Scottish Leaving Certificate Examination, 1951
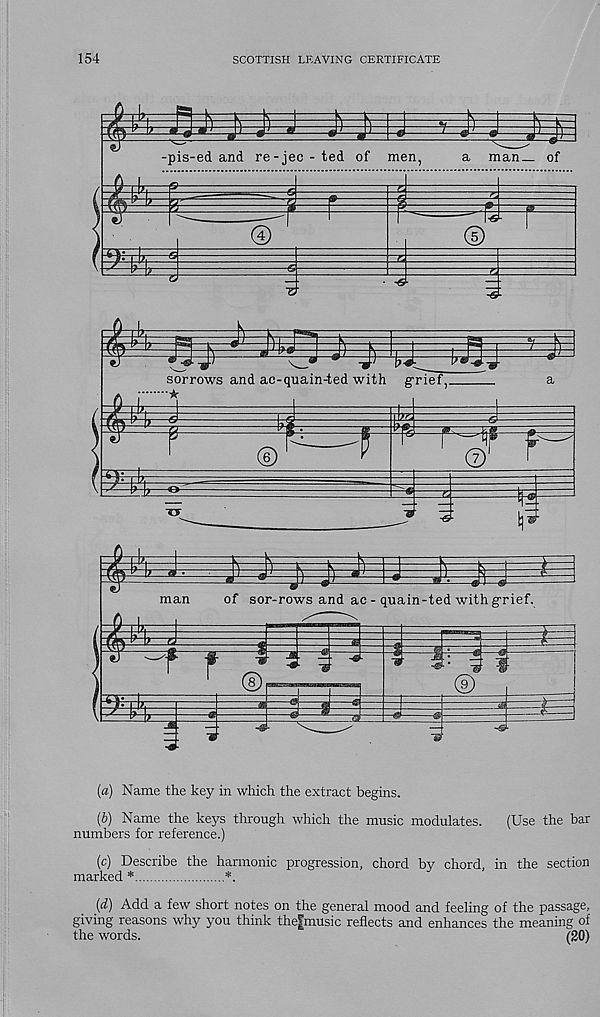
154
SCOTTISH LEAVING CERTIFICATE
(a) Name the key in which the extract begins.
(b) Name the keys through which the music modulates.
(Use the bar
numbers for reference.)
(c) Describe the harmonic progression, chord by chord, in the section
marked *
*.
(d) Add a few short notes on the general mood and feeling of the passage,
giving reasons why you think the[music reflects and enhances the meaning of
the words.
(20)